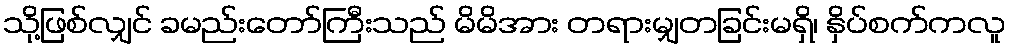
သို့ဖြစ်လျှင် ခမည်းတော်ကြီးသည် မိမိအား တရားမျှတခြင်းမရှိ၊ နှိပ်စက်ကလူ